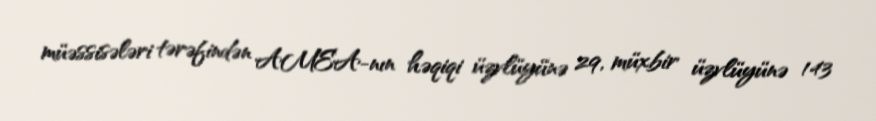
müəssisələri tərəfindən AMEA-nın həqiqi üzvlüyünə 29, müxbir üzvlüyünə 143